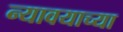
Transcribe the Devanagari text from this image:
न्यावयाच्या